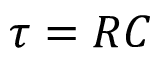
\tau = R C